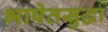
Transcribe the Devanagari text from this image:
भाषेतसुद्धा